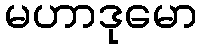
မဟာဒုမော